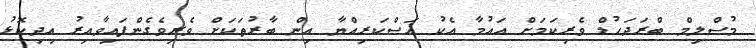
މުސްލިމް ބްރަދަހުޑް ވެރިކަމަށް އައުމާ އެކު އަސްކަރިއްޔާ އިން ބާރުތަކަށް ވެރިވެގެންފައިވާއިރު އިދިކޮޅު